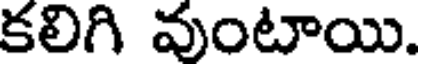
కలిగి వుంటాయి.